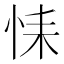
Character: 𢙩